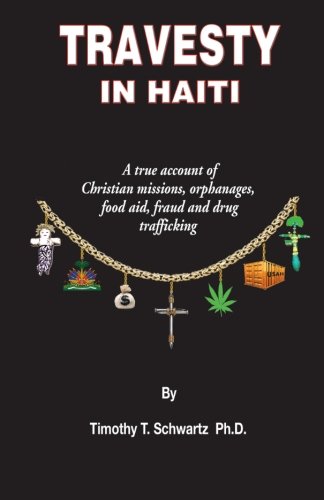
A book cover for Travesty in Haiti: A true account of Christian missions, orphanages, fraud, food aid and drug trafficking; Timothy T Schwartz Ph.D.; Politics & Social Sciences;